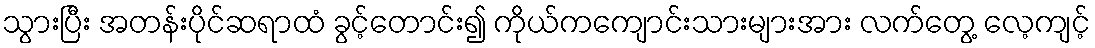
သွားပြီး အတန်းပိုင်ဆရာထံ ခွင့်တောင်း၍ ကိုယ်ကကျောင်းသားများအား လက်တွေ့ လေ့ကျင့်